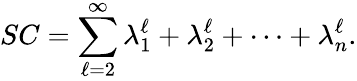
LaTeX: SC=\sum_{\ell=2}^{\infty}\lambda_{1}^{\ell}+\lambda_{2}^{\ell}+\dots+\lambda_{n}^{\ell}.